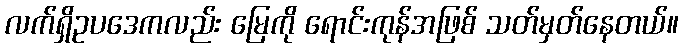
လက်ရှိဥပဒေကလည်း မြေကို ရောင်းကုန်အဖြစ် သတ်မှတ်နေတယ်။